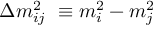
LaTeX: \Delta m _ { i j } ^ { 2 } \ \equiv m _ { i } ^ { 2 } - m _ { j } ^ { 2 }